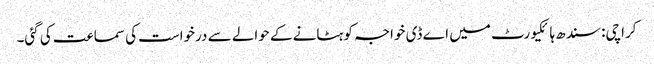
کراچی: سندھ ہائکیورٹ میں اے ڈی خواجہ کو ہٹانے کے حوالے سے درخواست کی سماعت کی گئی۔